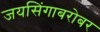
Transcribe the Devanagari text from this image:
जयसिंगाबरोबर